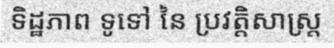
ទិដ្ឋភាព ទូទៅ នៃ ប្រវត្តិសាស្ត្រ